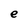
Character: e